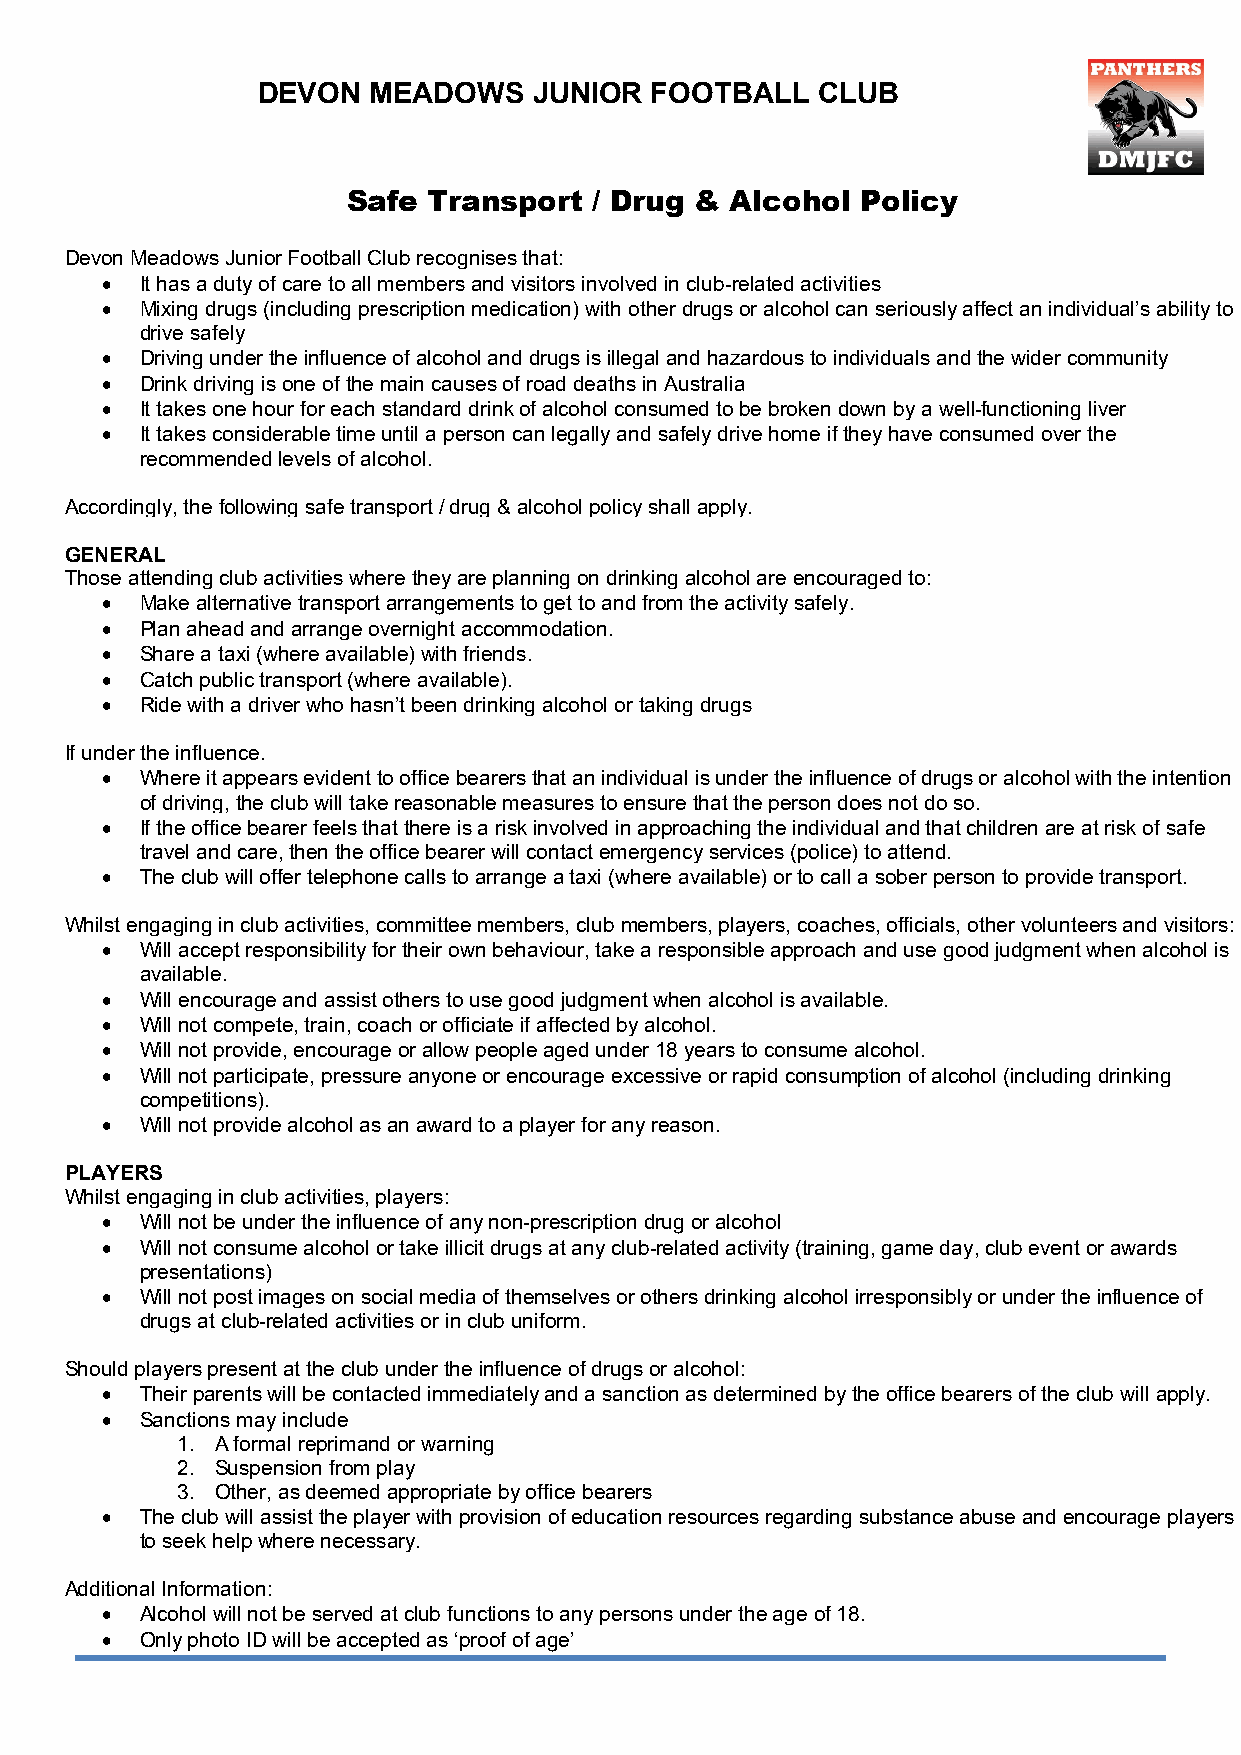
DEVON  MEADOWS    JUNIOR  FOOTBALL   CLUB
 Safe Transport  / Drug & Alcohol  Policy
 Devon Meadows Junior Football Club recognises that:
 • It has a duty of care to all members and visitors involved in club-related activities
 • Mixing drugs (including prescription medication) with other drugs or alcohol can seriously affect an individual’s ability to
 drive safely
 • Driving under the influence of alcohol and drugs is illegal and hazardous to individuals and the wider community
 • Drink driving is one of the main causes of road deaths in Australia
 • It takes one hour for each standard drink of alcohol consumed to be broken down by a well-functioning liver
 • It takes considerable time until a person can legally and safely drive home if they have consumed over the
 recommended levels of alcohol.
 Accordingly, the following safe transport / drug & alcohol policy shall apply.
 GENERAL
 Those attending club activities where they are planning on drinking alcohol are encouraged to:
 • Make alternative transport arrangements to get to and from the activity safely.
 • Plan ahead and arrange overnight accommodation.
 • Share a taxi (where available) with friends.
 • Catch public transport (where available).
 • Ride with a driver who hasn’t been drinking alcohol or taking drugs
 If under the influence.
 • Where it appears evident to office bearers that an individual is under the influence of drugs or alcohol with the intention
 of driving, the club will take reasonable measures to ensure that the person does not do so.
 • If the office bearer feels that there is a risk involved in approaching the individual and that children are at risk of safe
 travel and care, then the office bearer will contact emergency services (police) to attend.
 • The club will offer telephone calls to arrange a taxi (where available) or to call a sober person to provide transport.
 Whilst engaging in club activities, committee members, club members, players, coaches, officials, other volunteers and visitors:
 • Will accept responsibility for their own behaviour, take a responsible approach and use good judgment when alcohol is
 available.
 • Will encourage and assist others to use good judgment when alcohol is available.
 • Will not compete, train, coach or officiate if affected by alcohol.
 • Will not provide, encourage or allow people aged under 18 years to consume alcohol.
 • Will not participate, pressure anyone or encourage excessive or rapid consumption of alcohol (including drinking
 competitions).
 • Will not provide alcohol as an award to a player for any reason.
 PLAYERS
 Whilst engaging in club activities, players:
 • Will not be under the influence of any non-prescription drug or alcohol
 • Will not consume alcohol or take illicit drugs at any club-related activity (training, game day, club event or awards
 presentations)
 • Will not post images on social media of themselves or others drinking alcohol irresponsibly or under the influence of
 drugs at club-related activities or in club uniform.
 Should players present at the club under the influence of drugs or alcohol:
 • Their parents will be contacted immediately and a sanction as determined by the office bearers of the club will apply.
 • Sanctions may include
 1. A formal reprimand or warning
 2. Suspension from play
 3. Other, as deemed appropriate by office bearers
 • The club will assist the player with provision of education resources regarding substance abuse and encourage players
 to seek help where necessary.
 Additional Information:
 • Alcohol will not be served at club functions to any persons under the age of 18.
 • Only photo ID will be accepted as ‘proof of age’